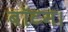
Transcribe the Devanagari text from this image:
बॉटम।